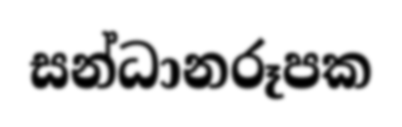
සන්ධානරූපක